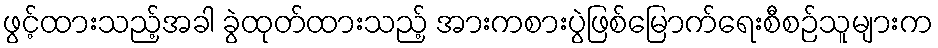
ဖွင့်ထားသည့်အခါ ခွဲထုတ်ထားသည့် အားကစားပွဲဖြစ်မြောက်ရေးစီစဉ်သူများက